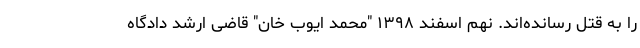
را به قتل رسانده‌اند. نهم اسفند ۱۳۹۸ "محمد ایوب خان" قاضی ارشد دادگاه